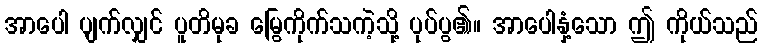
အာပေါ ပျက်လျှင် ပူတိမုခ မြွေကိုက်သကဲ့သို့ ပုပ်ပွ၏။ အာပေါနှံ့သော ဤ ကိုယ်သည်